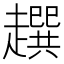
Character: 𧾌